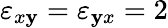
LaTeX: \varepsilon_{x\mathbf{y}}=\varepsilon_{\mathbf{y}x}=2